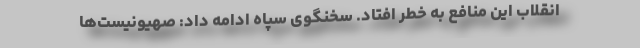
انقلاب این منافع به خطر افتاد. سخنگوی سپاه ادامه داد: صهیونیست‌ها